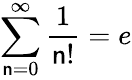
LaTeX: \sum\limits_{\mathsf{n}=0}^{\infty}\frac{{1}}{{\mathsf{n}!}}=e